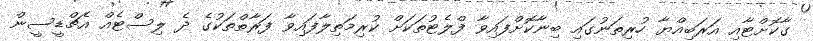
ގާކޮށްްޓާއި އަރަބިއްޔާ ހުރިތަނުގައި ބިނާކޮށްފައިވާ ފްލެޓުތަކަށް ކުރިމަތިލާފައިވާ ފަރާތްތަކުގެ ދެ ލިސްޓެއް އެޗްޑީސީން